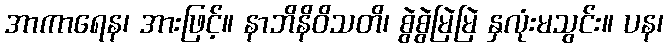
အာကာရေန၊ အားဖြင့်။ နာဘိနိဝိသတိ၊ စွဲစွဲမြဲမြဲ နှလုံးမသွင်း။ ပန၊